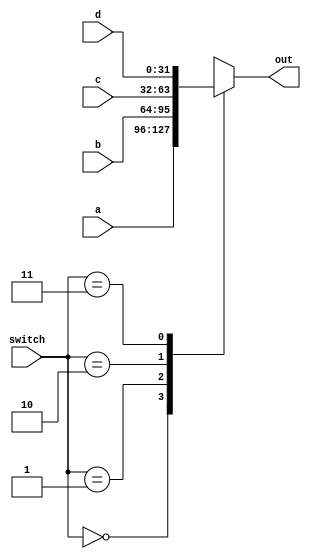
`timescale 1ns / 1ps
//////////////////////////////////////////////////////////////////////////////////
// Company: 
// Engineer: 
// 
// Design Name: 
// Module Name: Mux4to1
// Project Name: 
// Target Devices: 
// Tool Versions: 
// Description: 
// 
// Dependencies: 
// 
// Revision:
// Revision 0.01 - File Created
// Additional Comments:
// 
//////////////////////////////////////////////////////////////////////////////////


module Mux4to1(switch, a, b, c, d, out);
    input [1:0] switch;
    input [31:0] a, b, c, d;
    output reg [31:0] out;
    always @ (*)
    begin
        case (switch)
            2'b00 : out <= a;
            2'b01 : out <= b;
            2'b10 : out <= c;
            2'b11 : out <= d;
        endcase
    end
endmodule